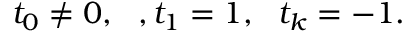
t _ { 0 } \neq 0 , \, \, \, \, , t _ { 1 } = 1 , \, \, \, \, t _ { k } = - 1 .